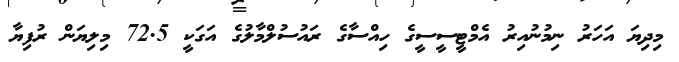
މިދިޔަ އަހަރު ނިމުނުއިރު އެމްޓީސީސީގެ ހިއްސާގެ ރައުސުލްމާލުގެ އަގަކީ 72.5 މިލިޔަން ރުފިޔާ